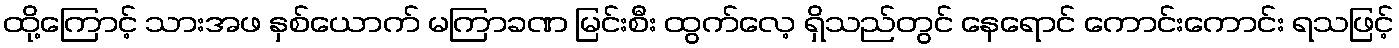
ထို့ကြောင့် သားအဖ နှစ်ယောက် မကြာခဏ မြင်းစီး ထွက်လေ့ ရှိသည်တွင် နေရောင် ကောင်းကောင်း ရသဖြင့်